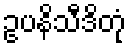
ဥပနိသီဒိတုံ